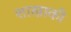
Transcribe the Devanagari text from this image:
शाखाकी